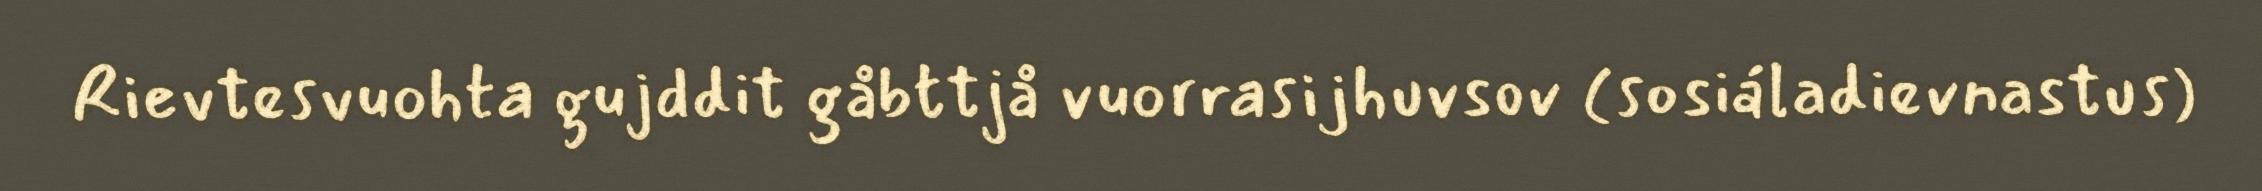
Rievtesvuohta gujddit gåbttjå vuorrasijhuvsov (sosiáladievnastus)